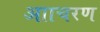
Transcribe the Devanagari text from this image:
आाचरण